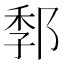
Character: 𰻭